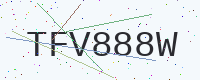
Text: TFV888W